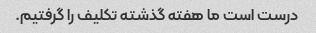
درست است ما هفته گذشته تکلیف را گرفتیم.